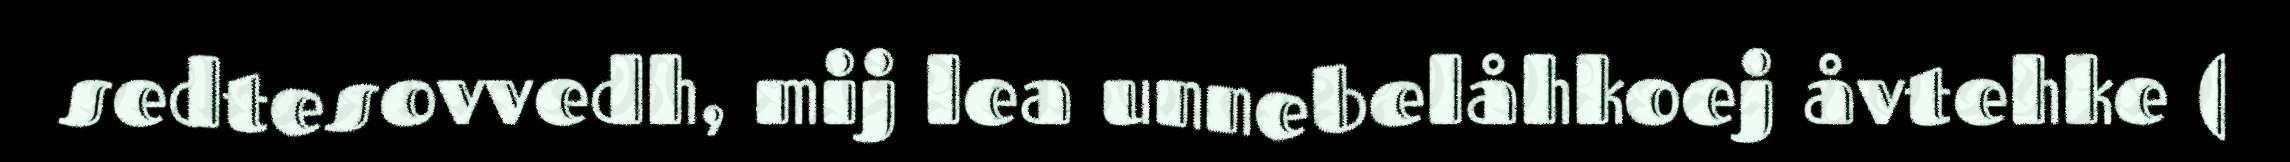
sedtesovvedh, mij lea unnebelåhkoej åvtehke (